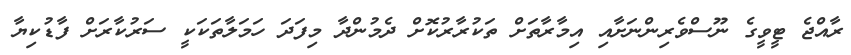
ރާއްޖެ ޓީވީގެ ނޫސްވެރިންނަށާއި އިމާރާތަށް ތަކުރާރުކޮށް ދެމުންދާ މިފަދަ ހަމަލާތަކަކީ ސަރުކާރަށް ފާޑުކިޔާ